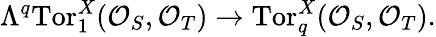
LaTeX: \Lambda^{q}\mathrm{Tor}_{1}^{X}({\cal O}_{S},{\cal O}_{T})\to\mathrm{Tor}_{q}^{X}({\cal O}_{S},{\cal O}_{T}).